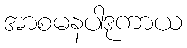
အာစမနပါဒုကာယ